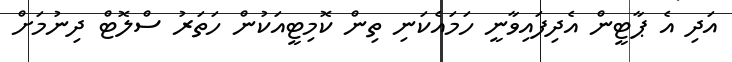
އަދި އެ ޕާޓީން އެދިފައިވާނީ ހަމައެކަނި ތިން ކޮމިޓީއަކުން ހަތަރު ސްލޮޓް ދިނުމަށް